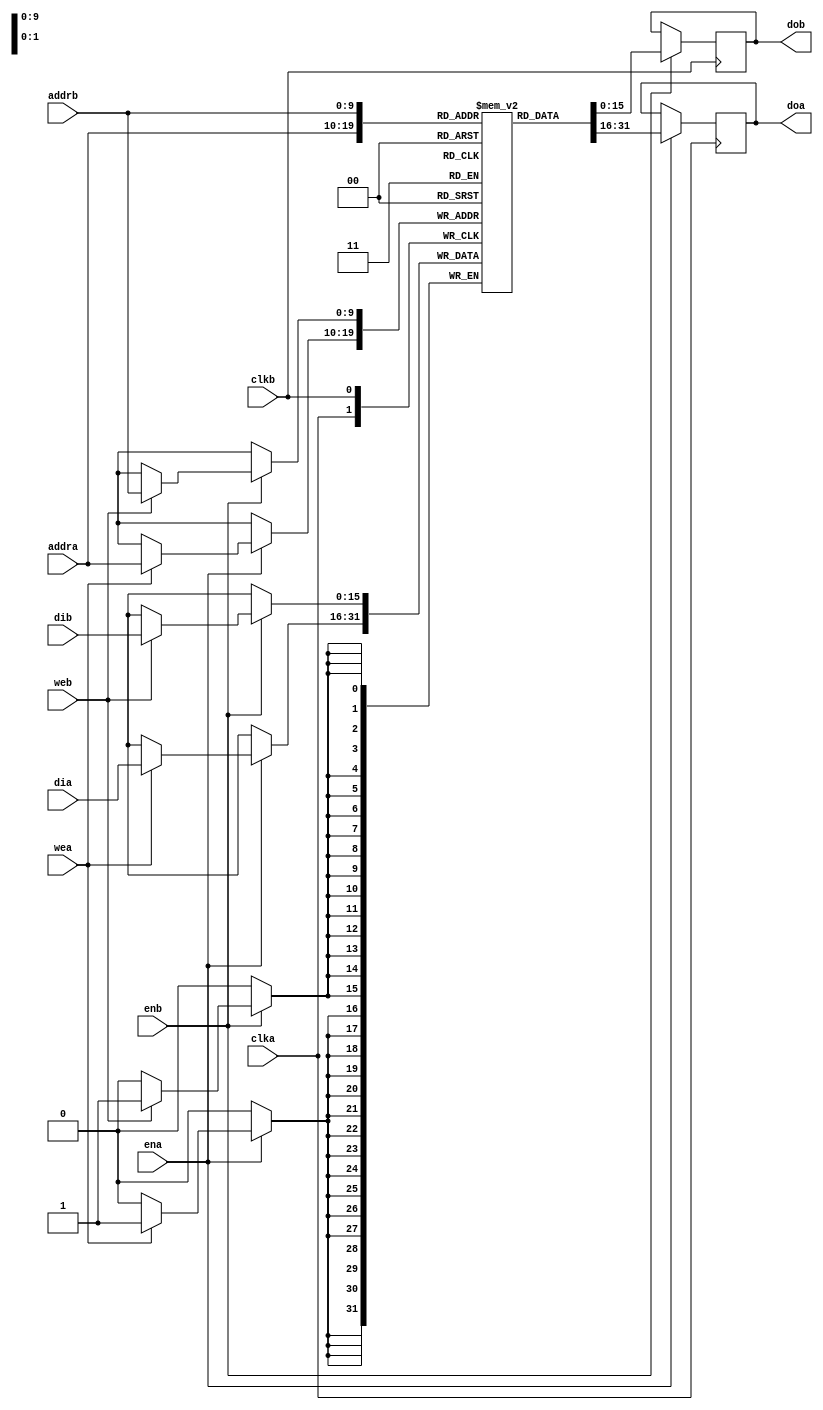
// Dual-Port Block RAM with Two Write Ports
module rams_tdp_rf_rf (clka,clkb,ena,enb,wea,web,addra,addrb,dia,dib,doa,dob);
input clka,clkb,ena,enb,wea,web;
input [9:0] addra,addrb;
input [15:0] dia,dib;
output [15:0] doa,dob;

reg [15:0] ram [1023:0];
reg [15:0] doa,dob;

always @(posedge clka)
begin
	if (ena)
	begin
		if (wea)
			ram[addra] <= dia;
			doa <= ram[addra];
	end
end

always @(posedge clkb)
begin
	if (enb)
	begin
		if (web)
			ram[addrb] <= dib;
			dob <= ram[addrb];
	end
end

endmodule